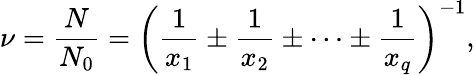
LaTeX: \nu=\frac{N}{N_{0}}=\left(\frac{1}{x_{1}}\pm\frac{1}{x_{2}}\pm\dots\pm\frac{1}{x_{q}}\right)^{-1},